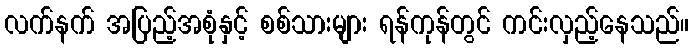
လက်နက် အပြည့်အစုံနှင့် စစ်သားများ ရန်ကုန်တွင် ကင်းလှည့်နေသည်။